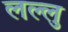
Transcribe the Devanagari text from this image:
लल्लु